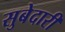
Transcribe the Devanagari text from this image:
सुबेदारी